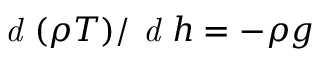
\emph { d } ( \rho T ) / \emph { d } h = - \rho g